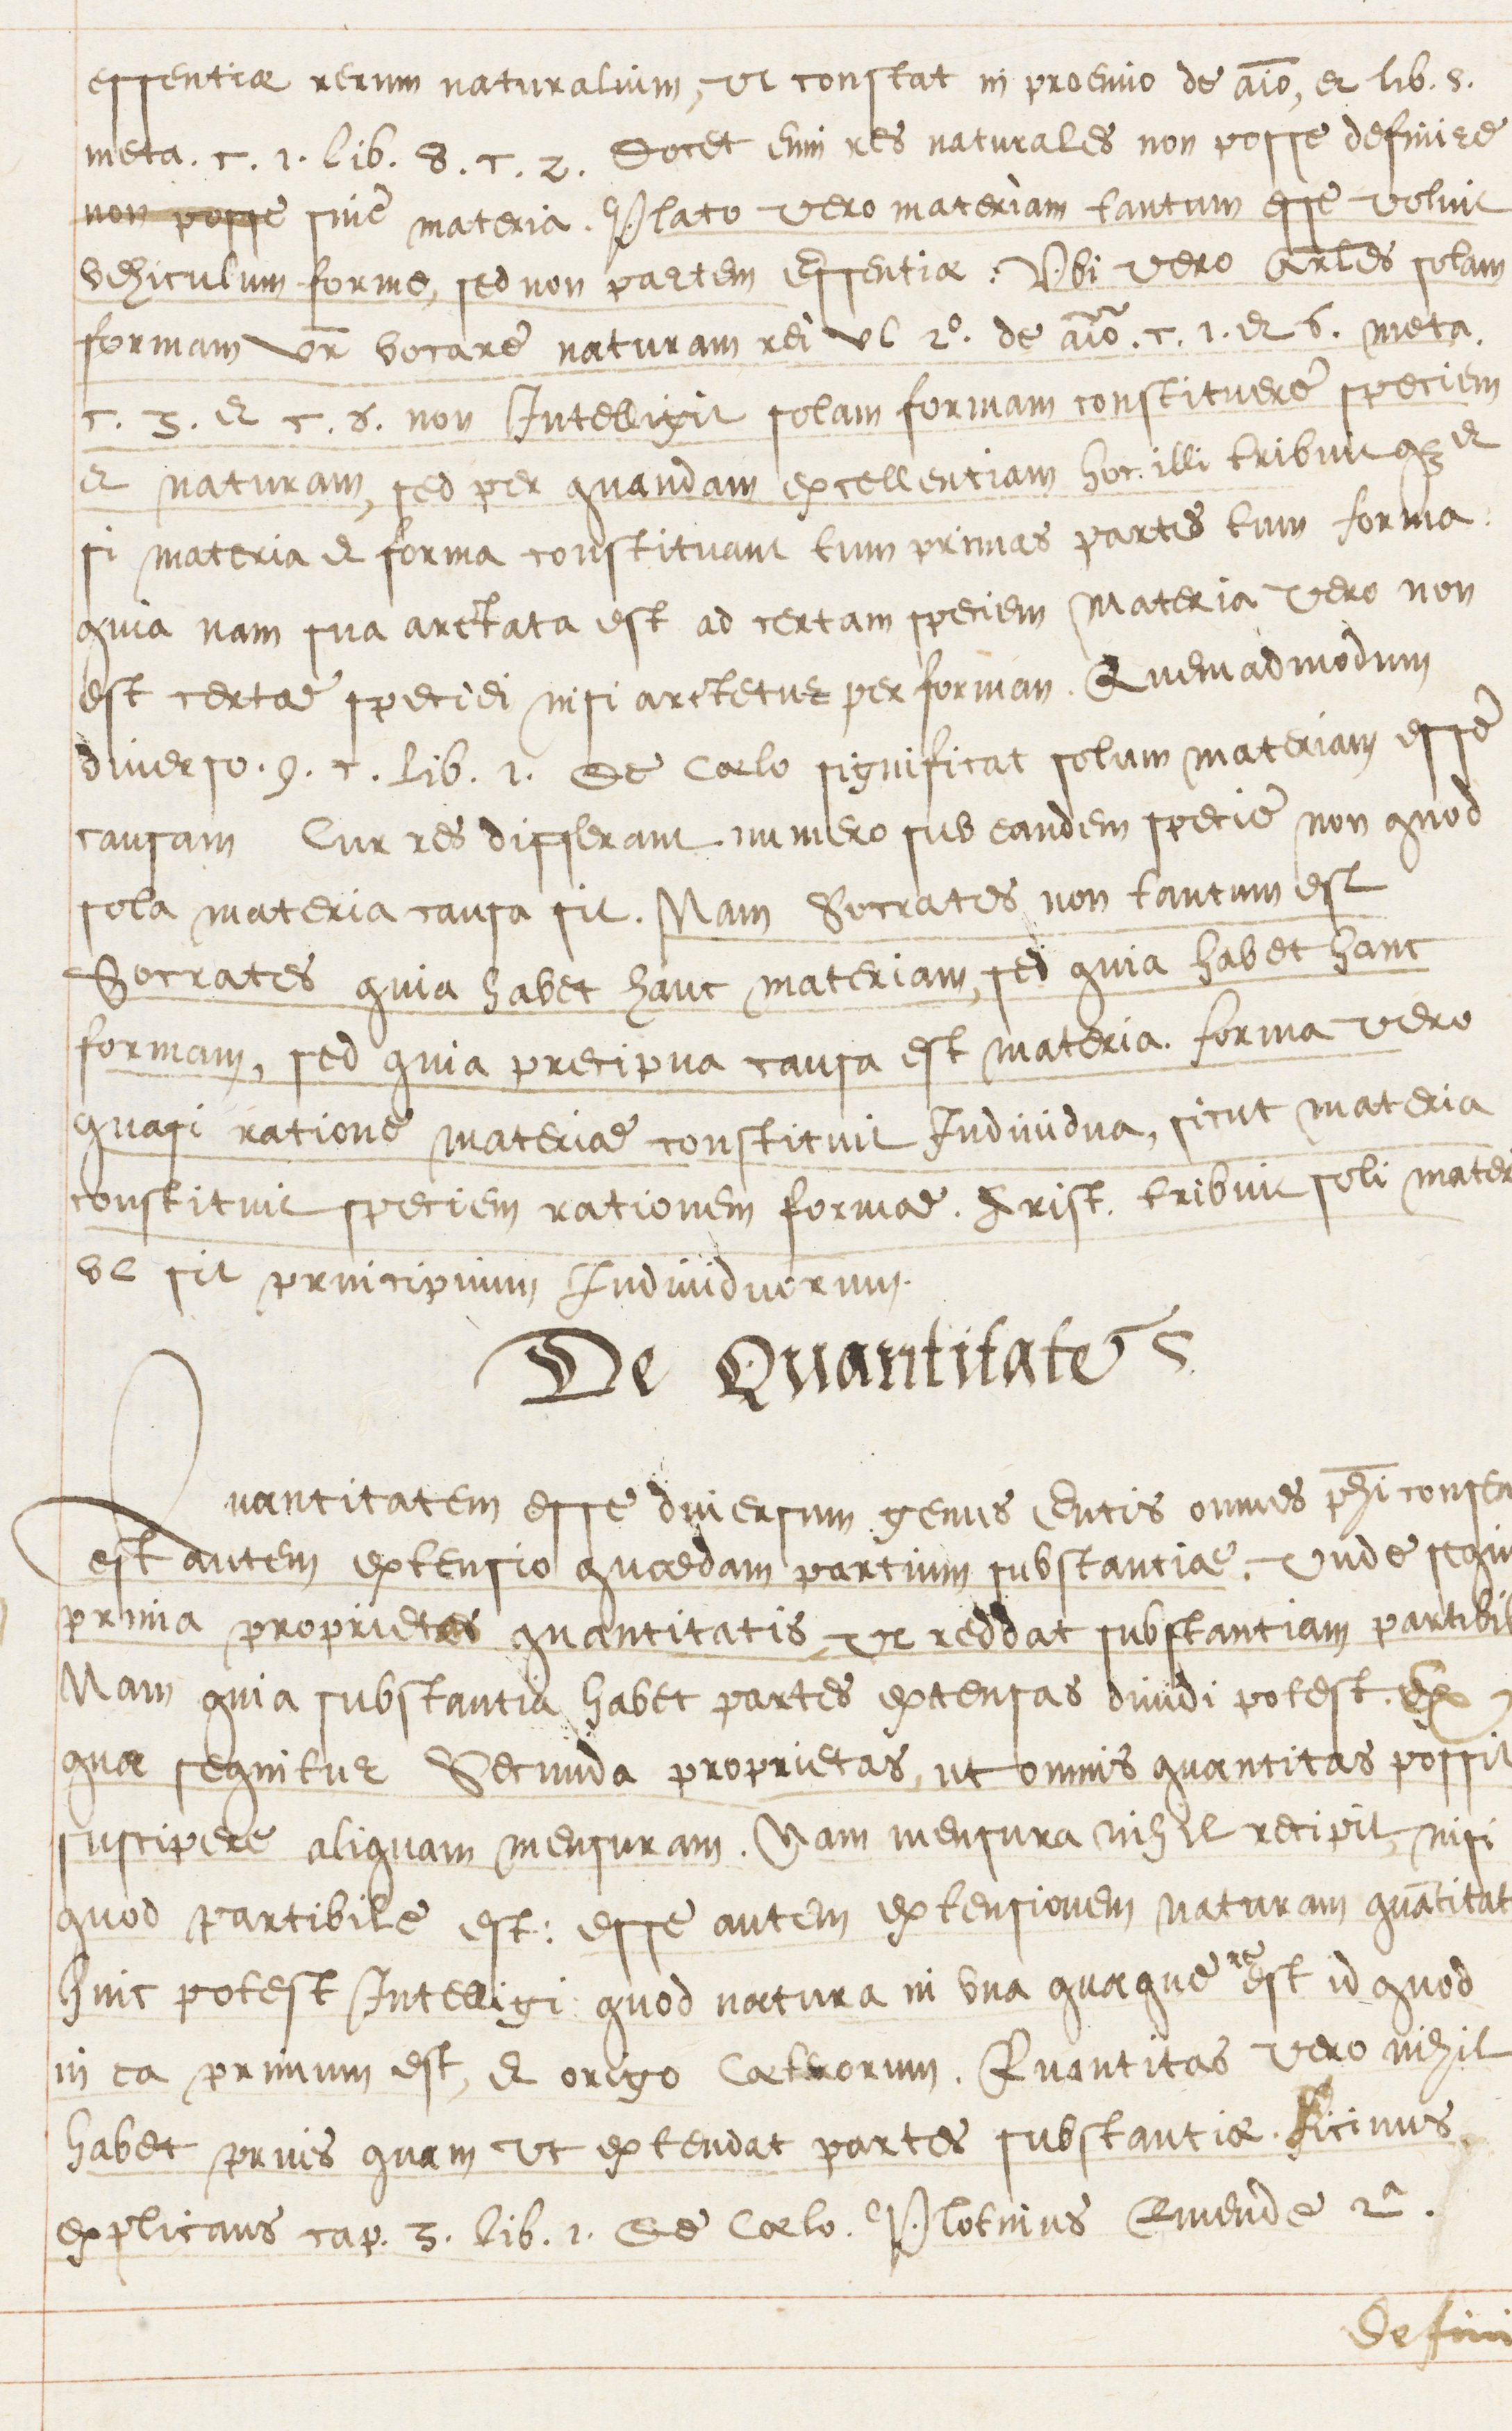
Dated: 1569–1569